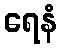
ရေနံ